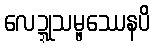
လေဍ္ဍုသမ္ဖဿေနပိ